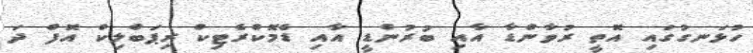
ހުޅަނގުގައި އޮތީ ރުވާންޑާ އާއި ބުރުންޑީ އާއި ޑެމޮކްރެޓިކް ރިޕަބްލިކް އޮފް ދަ